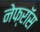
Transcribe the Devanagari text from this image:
नेफ्रॉस